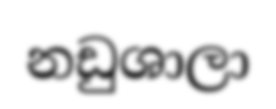
නඩුශාලා